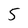
Character: 5